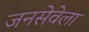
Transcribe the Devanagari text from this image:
जनसेवेला